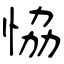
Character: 恊